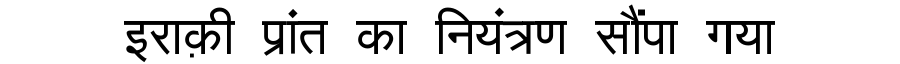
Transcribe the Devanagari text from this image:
इराक़ी प्रांत का नियंत्रण सौंपा गया